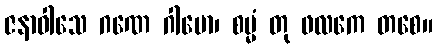
ဇနာဝါသေ ဂဏေ ဂါမော၊ စမ္မံ တု ဖလကေ တစေ။